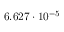
6 . 6 2 7 \cdot 1 0 ^ { - 5 }